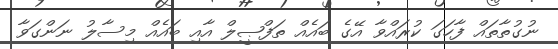
ނުގުތާތައް ފާހަގަ ކުރައްވާ އޭގެ ބައެއް ތަފްޞީލް އާއި ބައެއް މިސާލު ނަންގަވާ